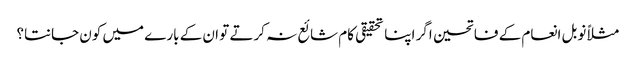
مثلاً نوبل انعام کے فاتحین اگر اپنا تحقیقی کام شائع نہ کرتے تو ان کے بارے میں کون جانتا؟